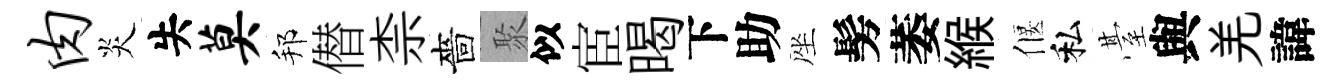
肉炎失莫邦僣柰嗇聚似宦暍下助座髣萎緱偃私䑓與羌諱